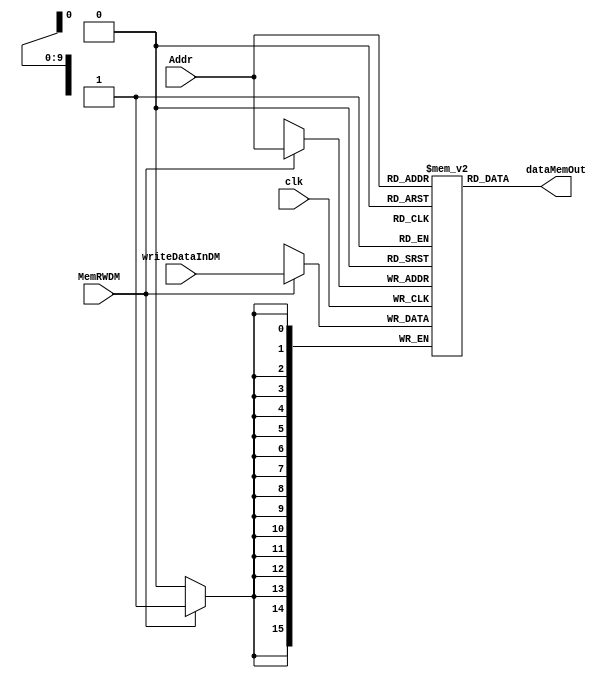
`timescale 1ns / 1ps
//////////////////////////////////////////////////////////////////////////////////
// Company:
// Engineer:
//
// Design Name:
// Module Name: Data Memory
// Project Name:
// Target Devices:
// Tool Versions:
// Description:
//
// Dependencies:
//
// Revision:
// Revision 0.01 - File Created
// Additional Comments:
//
//////////////////////////////////////////////////////////////////////////////////


module Data_Memory(
    input clk,
    input [9:0] Addr,
    input [15:0] writeDataInDM,
    input MemRWDM,
    output reg [15:0] dataMemOut
    );
    
  reg [15:0] data_storage [1023:0];

initial begin
   data_storage[6] = 16'd8;
   data_storage[8] = 16'd5;
   data_storage[10] = 16'd3;
  end
    
    always@(Addr) begin
    dataMemOut <= data_storage[Addr];
    end
    
    always@(negedge clk) begin
    if(MemRWDM) data_storage[Addr] <= writeDataInDM;
    end
      
endmodule